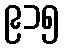
၉၁၅